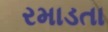
રમાડતા